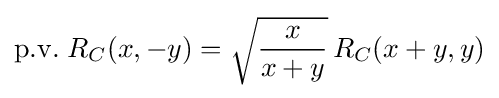
\mathrm {p.v.} \;R_{C}(x,-y)={\sqrt {\frac {x}{x+y}}}\,R_{C}(x+y,y)